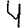
Digit: 4